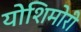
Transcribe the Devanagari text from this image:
योशिमोरी